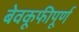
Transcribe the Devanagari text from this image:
बेवकूफीपूर्ण